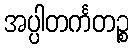
အပ္ပါတင်္ကတဉ္စ